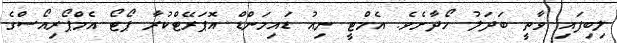
ލިބިފައި ވާތީ ބަދަލު ހޯދާށެވެ. އެމްޓީ ނިއު ޑައިމަންޑް އޮޕަރޭޓްކުރާ ޕޯޓޯ އެމްޕޯރިއޯސްގެ